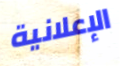
الإعلانية